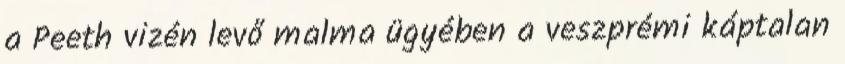
a Peeth vizén levő malma ügyében a veszprémi káptalan